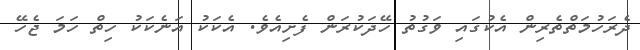
ދެރަހުމަތްތެރިން އެކުގައި ވަގުތު ހޭދަކުރަން ފެށިއެވެ. އެކަކު އަނެކަކު ހިތް ހަމަ ޖެހޭ